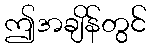
ဤအချိန်တွင်